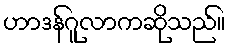
ဟာဒန်ဂူလာကဆိုသည်။